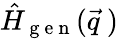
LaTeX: \hat{H}_{\mathrm{~g~e~n~}}(\vec{q}\ )